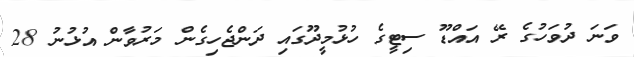
ވަނަ ދުވަހުގެ ރޭ އައްޑޫ ސިޓީގެ ހުޅުމީދޫގައި ދަންޖެހިގެން މަރުވާން އުޅުނު 28